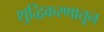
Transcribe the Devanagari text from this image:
शुद्धिकरणातून